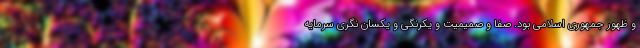
و ظهور جمهوری اسلامی بود. صفا و صمیمیت و یکرنگی و یکسان نگری سرمایه